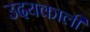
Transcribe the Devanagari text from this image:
उदयकाली